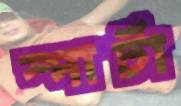
স্পার্টা